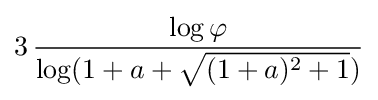
3\,{\frac {\log \varphi }{\log(1+a+{\sqrt {(1+a)^{2}+1}})}}